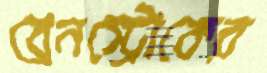
ব্রেনস্ট্রোকের